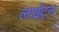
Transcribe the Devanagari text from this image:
लाईट्न